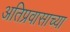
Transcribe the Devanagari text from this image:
अतिप्रवासाच्या